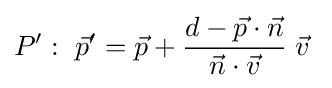
P':~{\vec {p}}'={\vec {p}}+{\frac {d-{\vec {p}}\cdot {\vec {n}}}{{\vec {n}}\cdot {\vec {v}}}}\;{\vec {v}}\